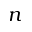
n